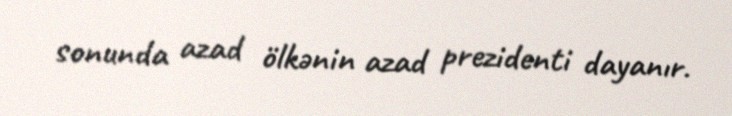
sonunda azad ölkənin azad prezidenti dayanır.